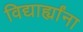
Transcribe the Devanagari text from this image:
विद्यार्ह्यांना